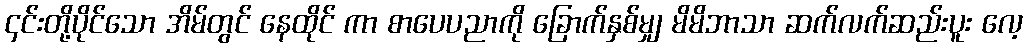
၄င်းတို့ပိုင်သော အိမ်တွင် နေထိုင် ကာ စာပေပညာကို ခြောက်နှစ်မျှ မိမိဘာသာ ဆက်လက်ဆည်းပူး လေ့